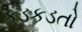
કડકડતો